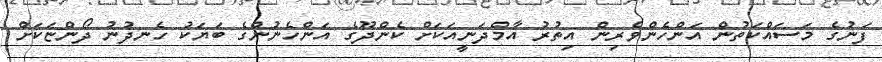
ފަނުގެ މަސައްކަތުން އަންހެންވެރިން އިތުރު އާމްދަނީއަކަށް ކެންދޫގެ އަންހެނުންގެ ބަޔަކު ހެނދުނު ދޯންޏަކަށް